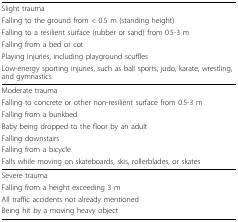
| Slight trauma |
 | Falling to the ground from < 0.5 m (standing height) |
 | Falling to a resilient surface (rubber or sand) from 0.5-3 m |
 | Falling from a bed or cot |
 | Playing injuries, including playground scuffles |
 | Low-energy sporting injuries, such as ball sports, judo, karate, wrestling, and gymnastics |
 | --- |
 | Moderate trauma |
 | Falling to concrete or other non-resilient surface from 0.5-3 m |
 | Falling from a bunkbed |
 | Baby being dropped to the floor by an adult |
 | Falling downstairs |
 | Falling from a bicycle |
 | Falls while moving on skateboards, skis, rollerblades, or skates |
 | Severe trauma |
 | Falling from a height exceeding 3 m |
 | All traffic accidents not already mentioned |
 | Being hit by a moving heavy object |